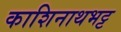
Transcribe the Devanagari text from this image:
काशिनाथभट्ट